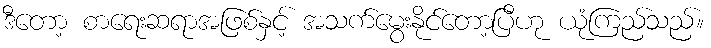
ဒီတော့ စာရေးဆရာအဖြစ်နှင့် အသက်မွေးနိုင်တော့ပြီဟု ယုံကြည်သည်။